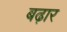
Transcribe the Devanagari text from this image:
बढ़ार